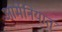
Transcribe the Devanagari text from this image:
आर्मेनियात